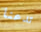
تدعنا